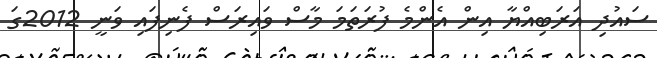
ސައުދި އަރަބިއްޔާ އިން އެންމެ ފުރަތަމަ މާސް ވައިރަސް ފެނިފައި ވަނީ 2012ގަ